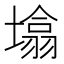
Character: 𰊬